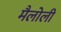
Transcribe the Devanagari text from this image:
मैलोली